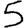
Digit: 5